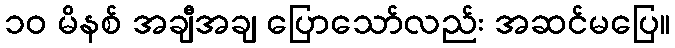
၁၀ မိနစ် အချီအချ ပြောသော်လည်း အဆင်မပြေ။